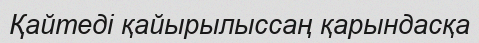
Қайтеді қайырылыссаң қарындасқа